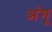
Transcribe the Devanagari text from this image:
अंगू